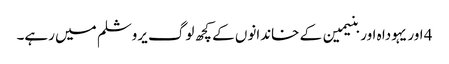
4 اور یہودا ہ اور بنیمین کے خاندانوں کے کچھ لوگ یروشلم میں رہے۔